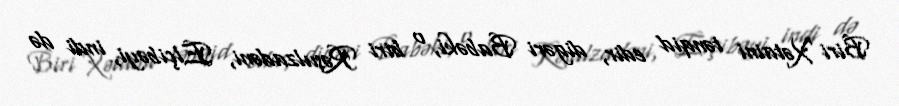
Biri Xətaini tənqid edir, digəri Babəki, o biri Rəsulzadəni, Elçibəyi, indi də